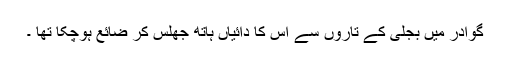
گوادر میں بجلی کے تاروں سے اس کا دائیاں ہاتھ جھلس کر ضائع ہوچکا تھا ۔